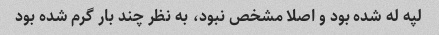
لپه له شده بود و اصلا مشخص نبود، به نظر چند بار گرم شده بود